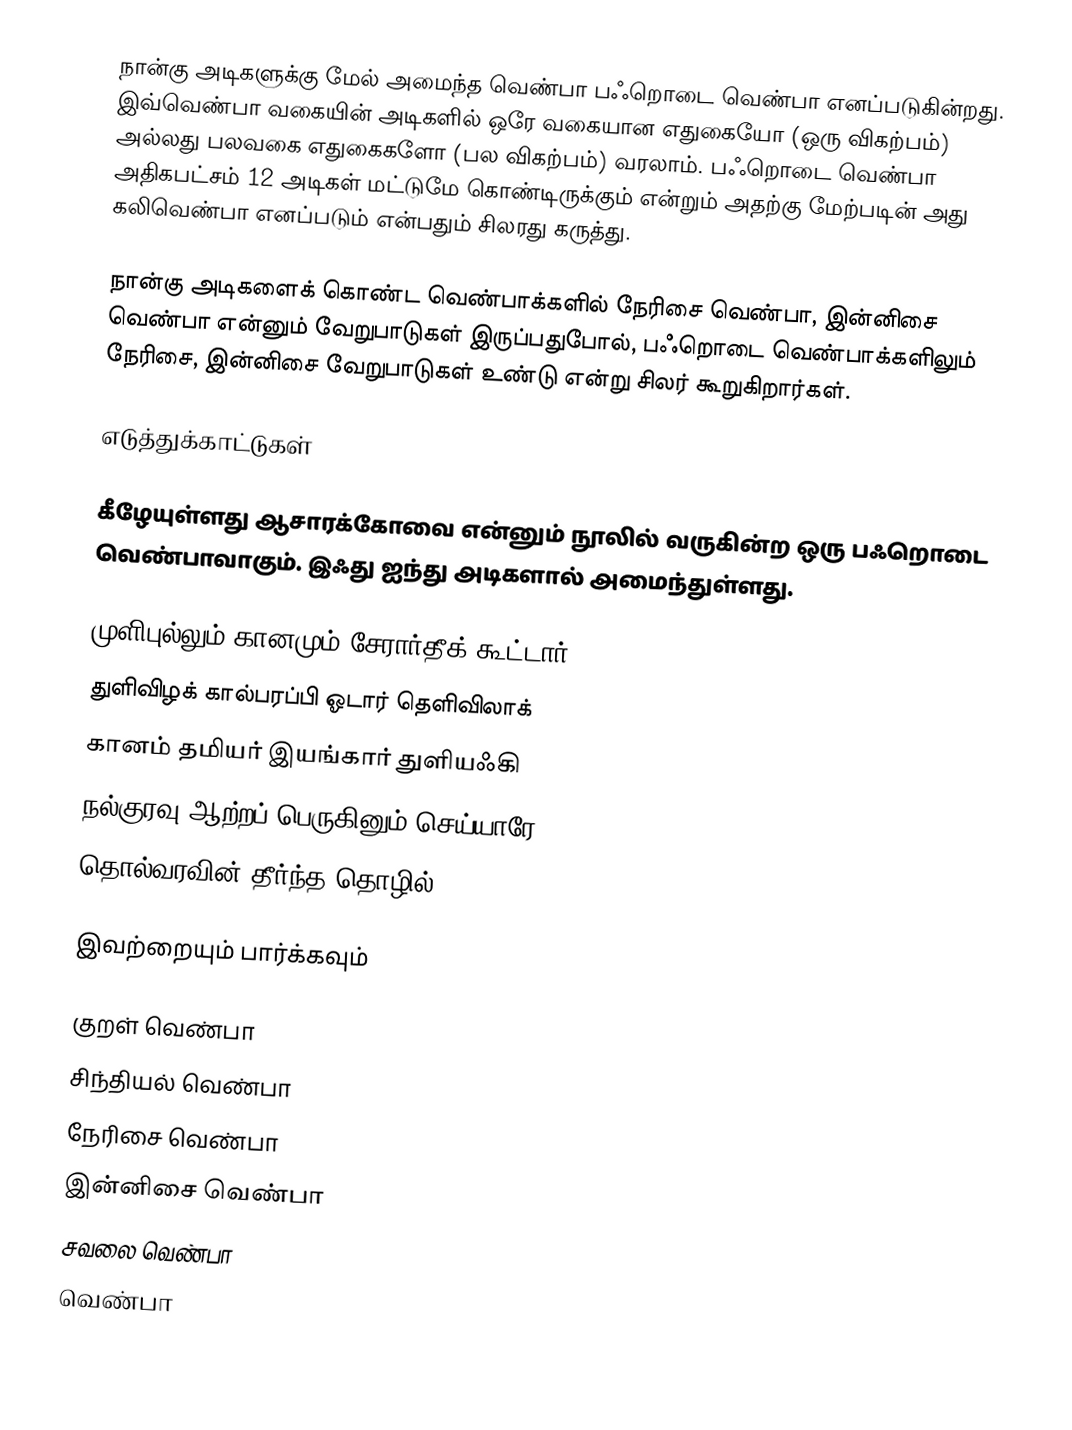
நான்கு அடிகளுக்கு மேல் அமைந்த வெண்பா பஃறொடை வெண்பா எனப்படுகின்றது. இவ்வெண்பா வகையின் அடிகளில் ஒரே வகையான எதுகையோ (ஒரு விகற்பம்) அல்லது பலவகை எதுகைகளோ (பல விகற்பம்) வரலாம். பஃறொடை வெண்பா அதிகபட்சம் 12 அடிகள் மட்டுமே கொண்டிருக்கும் என்றும் அதற்கு மேற்படின் அது கலிவெண்பா எனப்படும் என்பதும் சிலரது கருத்து.

நான்கு அடிகளைக் கொண்ட வெண்பாக்களில் நேரிசை வெண்பா, இன்னிசை வெண்பா என்னும் வேறுபாடுகள் இருப்பதுபோல், பஃறொடை வெண்பாக்களிலும் நேரிசை, இன்னிசை வேறுபாடுகள் உண்டு என்று சிலர் கூறுகிறார்கள்.

எடுத்துக்காட்டுகள்

கீழேயுள்ளது ஆசாரக்கோவை என்னும் நூலில் வருகின்ற ஒரு பஃறொடை வெண்பாவாகும். இஃது ஐந்து அடிகளால் அமைந்துள்ளது.

 முளிபுல்லும் கானமும் சேரார்தீக் கூட்டார்
 துளிவிழக் கால்பரப்பி ஓடார் தெளிவிலாக்
 கானம் தமியர் இயங்கார் துளியஃகி
 நல்குரவு ஆற்றப் பெருகினும் செய்யாரே
 தொல்வரவின் தீர்ந்த தொழில்

இவற்றையும் பார்க்கவும்

 குறள் வெண்பா
 சிந்தியல் வெண்பா
 நேரிசை வெண்பா
 இன்னிசை வெண்பா
 சவலை வெண்பா
வெண்பா